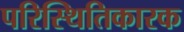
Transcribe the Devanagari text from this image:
परिस्थितिकारक